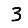
Digit: 3